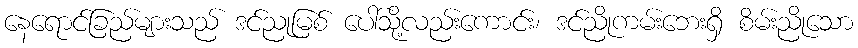
နေရောင်ခြည်များသည် ဒင်ညုမြစ် ပေါ်သို့လည်းကောင်း၊ ဒင်ညိုကမ်းဘေးရှိ စိမ်းညိုသော